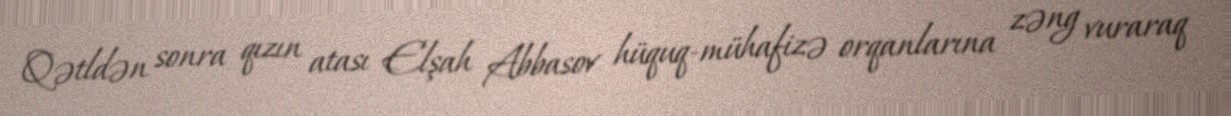
Qətldən sonra qızın atası Elşah Abbasov hüquq-mühafizə orqanlarına zəng vuraraq